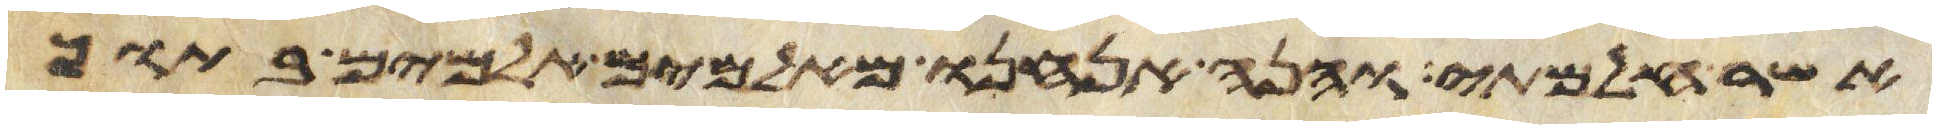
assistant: אשר חלמתי והנה אנחנו מאלמים אלמים בתוך